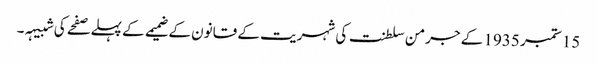
15 ستمبر 1935 کے جرمن سلطنت کی شہریت کے قانون کے ضمیمے کے پہلے صفحے کی شبیہہ۔